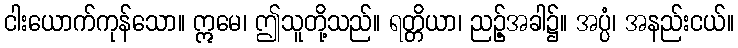
ငါးယောက်ကုန်သော။ ဣမေ၊ ဤသူတို့သည်။ ရတ္တိယာ၊ ညဉ့်အခါ၌။ အပ္ပံ၊ အနည်းငယ်။